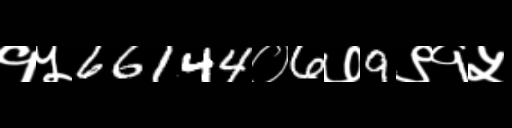
Text: १५66144०6७9९१५